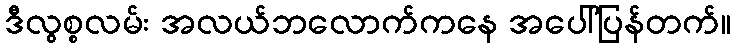
ဒီလွစ္စလမ်း အလယ်ဘလောက်ကနေ အပေါ်ပြန်တက်။